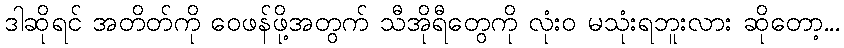
ဒါဆိုရင် အတိတ်ကို ဝေဖန်ဖို့အတွက် သီအိုရီတွေကို လုံးဝ မသုံးရဘူးလား ဆိုတော့...